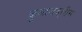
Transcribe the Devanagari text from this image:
क़ुआअद्लीस